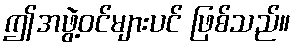
ဤအဖွဲ့ဝင်များပင် ဖြစ်သည်။